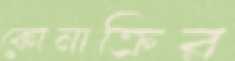
কোনাক্রির